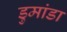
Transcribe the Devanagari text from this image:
डुमांडा